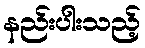
နည်းပါးသည့်